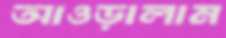
আওড়ালাম